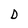
Character: D